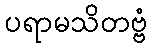
ပရာမသိတဗ္ဗံ